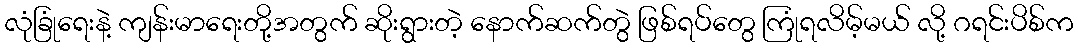
လုံခြုံရေးနဲ့ ကျန်းမာရေးတို့အတွက် ဆိုးရွားတဲ့ နောက်ဆက်တွဲ ဖြစ်ရပ်တွေ ကြုံရလိမ့်မယ် လို့ ဂရင်းပိစ်က